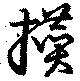
攅